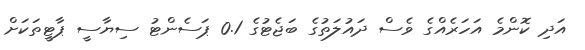
އަދި ކޮންމެ އަހަރެއްގެ ވެސް ދައުލަތުގެ ބަޖެޓުގެ 0.1 ޕަސެންޓު ސިޔާސީ ޕާޓީތަކަށް